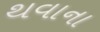
થવાના